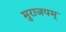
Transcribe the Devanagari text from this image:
मुराजपम्